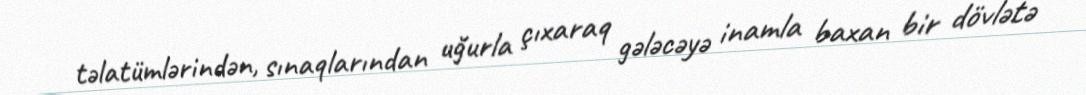
təlatümlərindən, sınaqlarından uğurla çıxaraq gələcəyə inamla baxan bir dövlətə